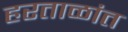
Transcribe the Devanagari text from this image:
हरताळांत